Leaving Certificate Examination, 1904
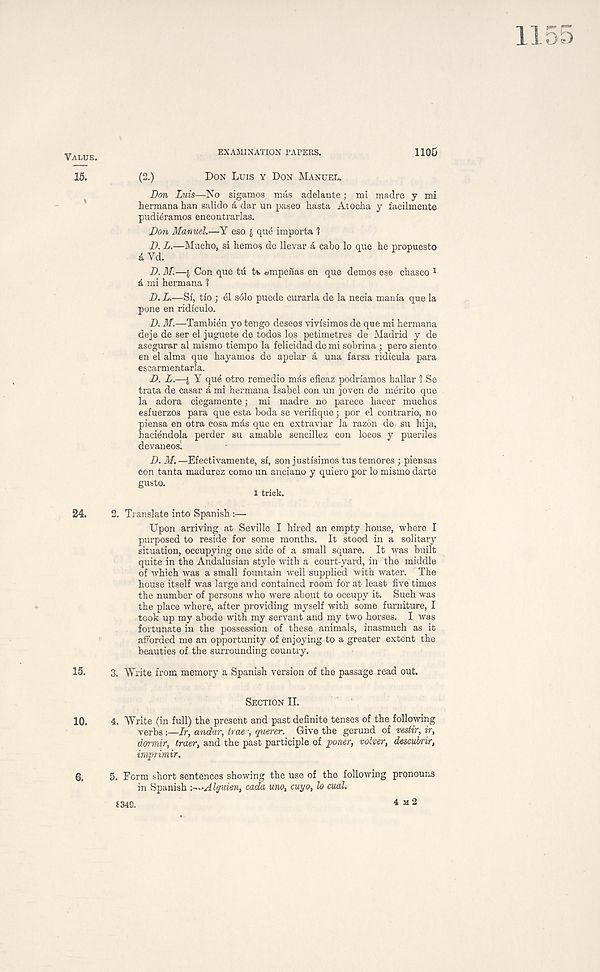
EXAMINATION PAPERS.
1105
(2.)
Don Luis y Don Manuel.
Don Luis—No sigamos mas adelante; mi madre y mi
hermana ban salido a dar un paseo hasta Atocha y facilmente
pudieramos encontrarlas.
Don Manuel.—Y eso i que importa 1
D. L.—Macho, si hemos de Uevar a cabo lo que be propuesto
& Yd.
D. M.—i Con que tu «mpenas en que demos ese cbasco 1
a mi hermana 1
D. L.—Si, tio ; el s61o puede curarla de la necia mania que la
pone en ridiculo.
D. M.—Tambien yo tengo deseos vivisimos de que mi bermana
deje de ser el juguete de todos los petimetres de Madrid y de
asegurar al mismo tiempo la felicidad de mi sobrina ; pero siento
en el alma que bayamos de apelar a una farsa ridicula para
esearmentarla.
D. L.—j, Y que otro remedio mas eficaz podriamos hallar 1 Se
trata de casar a mi hermana Isabel con un joven de merito que
la adora ciegamente; mi madre no parece bacer muchos
esfuerzos para que esta boda se verifique; por el contrario, no
piensa en otra cosa mas que en extraviar la razon de su hija,
haciendola perder su amable sencillez con locos y pueriles
devaneos!
D. M.—Efeetivamente, si, sonjustisimostustemores ; pieusas
con tanta madurez como un anciano y quiero por lo mismo darte
gusto.
i trick.
2. Translate into Spanish:—
Upon arriving at Seville I hired an empty house, where I
purposed to reside for some months. It stood in a solitary
situation, occupying one side of a small square. It was built
quite in the Andalusian style with a court-yard, in the middle
of which was a small fountain well supplied with water. The
house itself was large and contained room for at least five times
the number of persons who were about to occupy it. Such was
the place where, after providing myself with some furniture, I
took up my abode with my servant and my two horses. I was
fortunate in the possession of these animals, inasmuch as it
afforded me an opportunity of enjoying to a greater extent the
beauties of the surrounding country.
3. Write from memory a Spanish version of the passage read out.
Section II.
4. Write (in full) the present and past definite tenses of the following
verbs:—It, andar, trae \ querer. Give the gerund of vestir, ir,
dormir, traer, and the past participle of poner, volver, descubrir,
iruprimir.
5. Form short sentences showing the use of the following pronouns
in Spanish :~~Alguien, cada uno, cuyo, lo cml.
£349.
4 m2